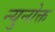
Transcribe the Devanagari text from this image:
न्युनोक्त